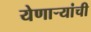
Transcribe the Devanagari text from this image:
येणार्‍यांची